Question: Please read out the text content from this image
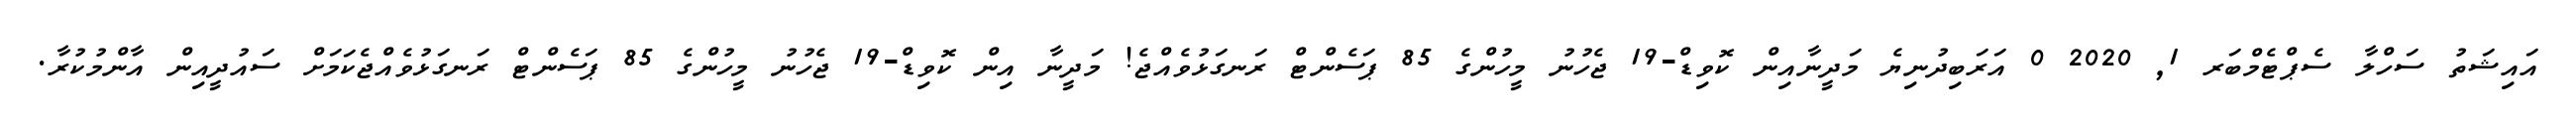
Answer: އައިޝަތު ސަހްލާ ސެޕްޓެމްބަރ 1, 2020 0 އަރަބިދުނިޔެ މަދީނާއިން ކޮވިޑް-19 ޖެހުނު މީހުންގެ 85 ޕަސެންޓް ރަނގަޅުވެއްޖެ! މަދީނާ އިން ކޮވިޑް-19 ޖެހުނު މީހުންގެ 85 ޕަސެންޓް ރަނގަޅުވެއްޖެކަމަށް ސައުދީއިން އާންމުކުރާ.